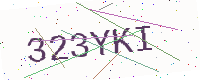
Text: 323YKI